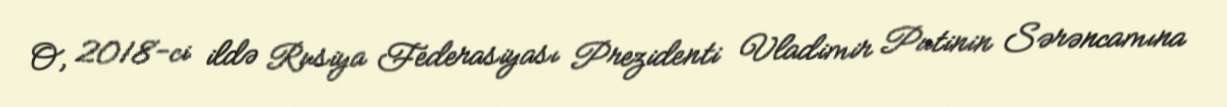
O, 2018-ci ildə Rusiya Federasiyası Prezidenti Vladimir Putinin Sərəncamına